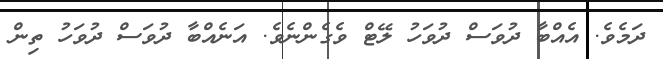
ދަމެވެ. އެއްބާ ދުވަސް ދުވަހު ލޭޓް ވެގެންނެވެ. އަނެއްބާ ދުވަސް ދުވަހު ތިން